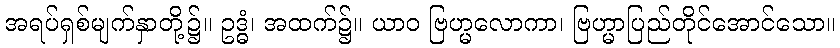
အရပ်ရှစ်မျက်နှာတို့၌။ ဥဒ္ဓံ၊ အထက်၌။ ယာဝ ဗြဟ္မလောကာ၊ ဗြဟ္မာပြည်တိုင်အောင်သော။